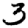
Digit: 3